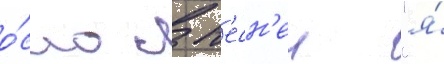
о́сло с п'есн'еи "я́